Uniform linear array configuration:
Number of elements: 64
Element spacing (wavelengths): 0.25
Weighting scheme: cosine
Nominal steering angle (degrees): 60
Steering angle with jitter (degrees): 58.883
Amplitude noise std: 0.05
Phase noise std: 0.05

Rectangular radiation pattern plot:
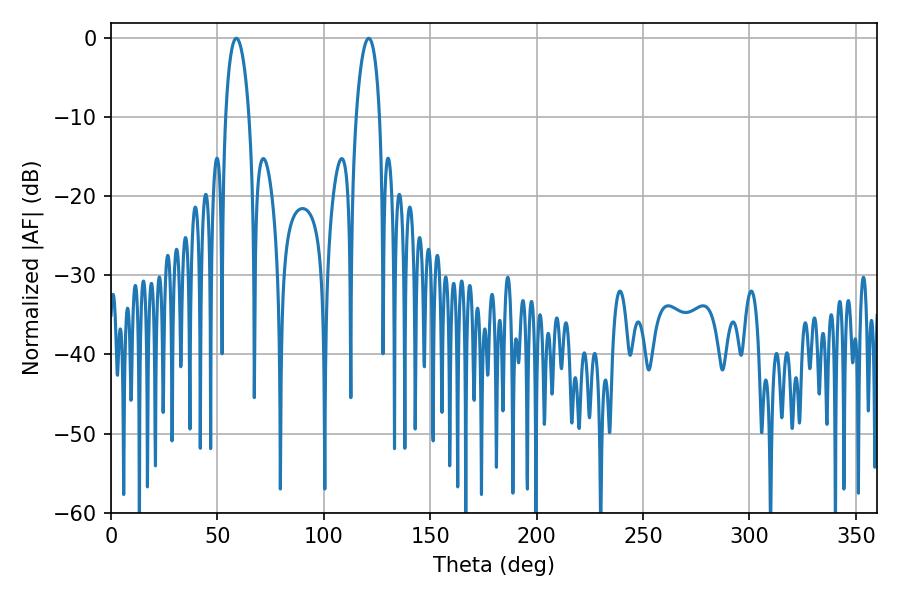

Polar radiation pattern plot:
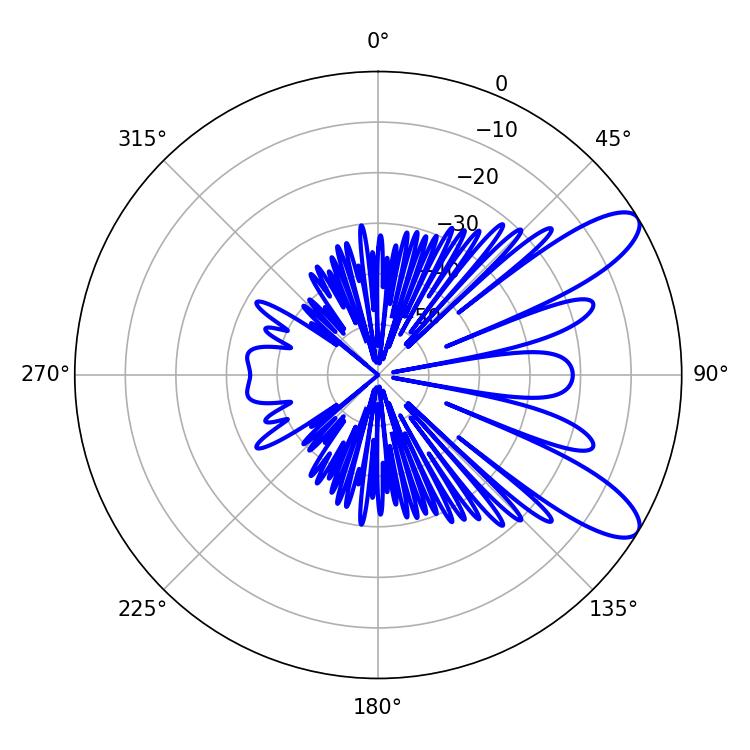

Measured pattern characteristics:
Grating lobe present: FALSE
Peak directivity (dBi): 9.816
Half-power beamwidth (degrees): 6.12
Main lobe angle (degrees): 58.86